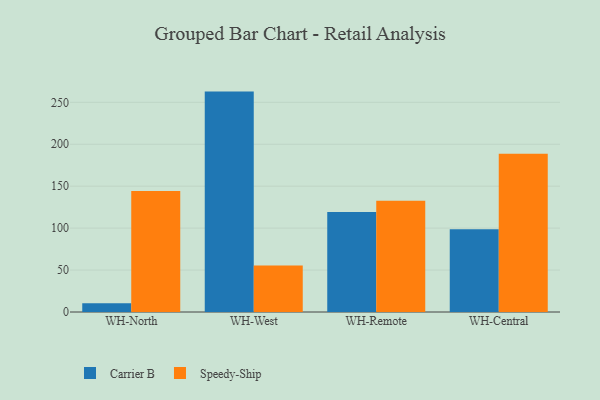
{"axis": {"x": "Warehouse", "y": "Latency (ms)"}, "legend": ["Carrier B", "Speedy-Ship"], "data": [{"x": "WH-North", "y": 10.4, "type": "Carrier B"}, {"x": "WH-North", "y": 144.4, "type": "Speedy-Ship"}, {"x": "WH-West", "y": 262.8, "type": "Carrier B"}, {"x": "WH-West", "y": 55.4, "type": "Speedy-Ship"}, {"x": "WH-Remote", "y": 119.3, "type": "Carrier B"}, {"x": "WH-Remote", "y": 132.6, "type": "Speedy-Ship"}, {"x": "WH-Central", "y": 98.6, "type": "Carrier B"}, {"x": "WH-Central", "y": 188.6, "type": "Speedy-Ship"}]}